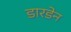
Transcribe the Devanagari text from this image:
डारडेन